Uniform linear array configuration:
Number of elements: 8
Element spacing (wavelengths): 0.75
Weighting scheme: hann
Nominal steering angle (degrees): -15
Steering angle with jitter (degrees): -14.477
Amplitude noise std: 0.05
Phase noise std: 0.05

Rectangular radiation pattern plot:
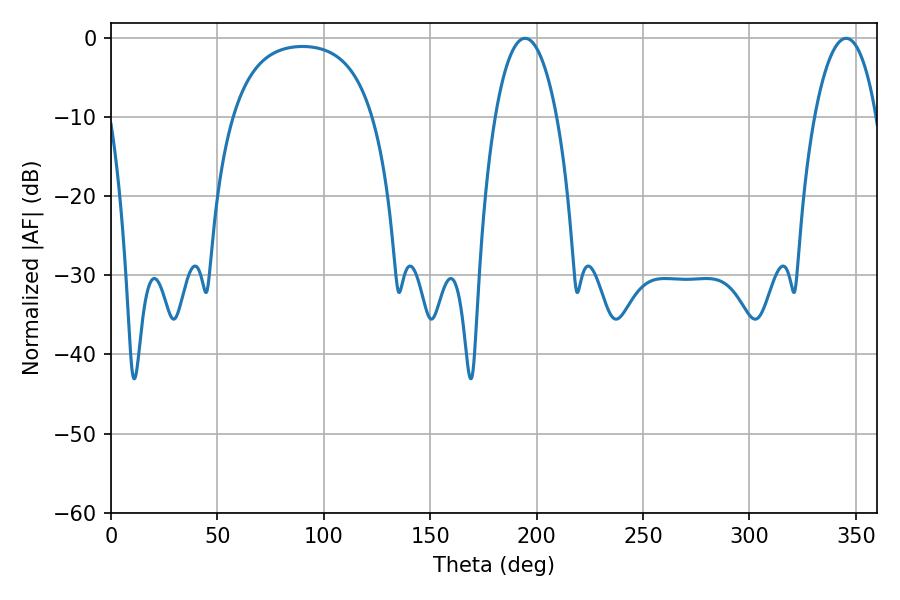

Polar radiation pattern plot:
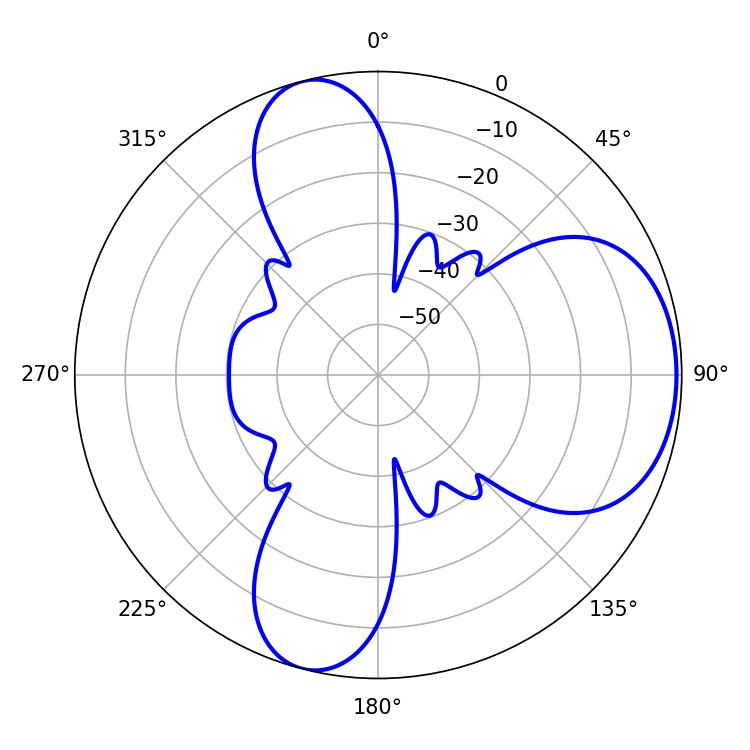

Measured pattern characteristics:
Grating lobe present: TRUE
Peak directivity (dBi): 6.586
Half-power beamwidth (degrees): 16.2
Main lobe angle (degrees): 194.58